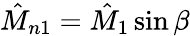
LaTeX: \hat{M}_{n1}=\hat{M}_{1}\sin\beta